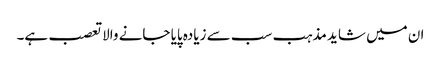
ان میں شاید مذہب سب سے زیادہ پایا جانے والاتعصب ہے۔